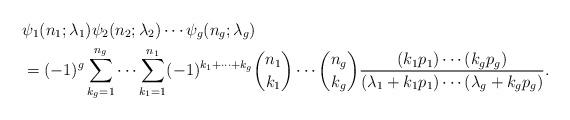
LaTeX: \begin{align*}& \psi_1(n_1; \lambda_1) \psi_2(n_2; \lambda_2) \cdots \psi_g(n_g; \lambda_g)\\& = (-1)^g \sum_{k_g = 1}^{n_g} \cdots \sum_{k_1 = 1}^{n_1} (-1)^{k_1 + \cdots + k_g}\binom{n_1}{k_1} \cdots \binom{n_g}{k_g}\frac{(k_1 p_1) \cdots (k_g p_g)}{(\lambda_1 + k_1 p_1) \cdots (\lambda_g + k_g p_g)}.\end{align*}